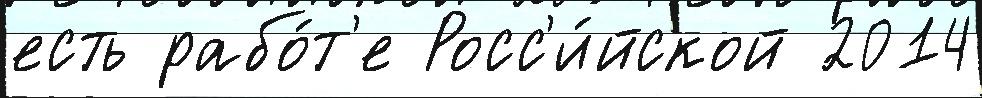
есть рабо́т'е Росс'и́йской 2014